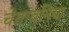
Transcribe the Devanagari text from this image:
चेतावनिया